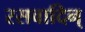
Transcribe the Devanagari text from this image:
रसवादिन्